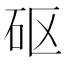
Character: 𥐰